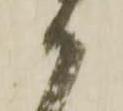
被